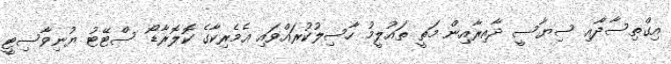
އިގްތިސާދާއި ސިޔާސީ ދާއިރާއިން މަތީ ތައުލީމު ހާސިލުކުރައްވައި އެމެރިކާގެ ކޮލޮރާޑޯ ސްޓޭޓު ޔުނިވާސިޓީ